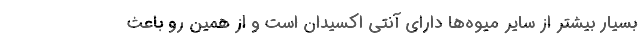
بسیار بیشتر از سایر میوه‌ها دارای آنتی اکسیدان است و از همین رو باعث